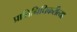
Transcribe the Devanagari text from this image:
प्रातिनिधिकरीत्या